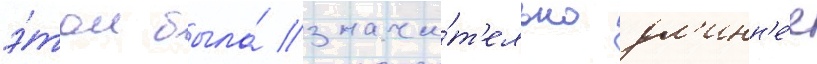
э́том была́ значи́т'ельно дл'инн'е́е